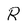
Character: R